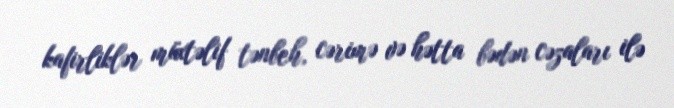
kafirliklər müxtəlif tənbeh, cərimə və hətta bədən cəzaları ilə